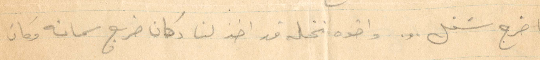
ما خرج شغل... واخوه نخله قد اخذ لنا وكان ضرب شمانه وكان